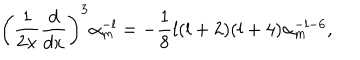
LaTeX: \left( { \frac { 1 } { 2 x } } { \frac { d } { d x } } \right) ^ { 3 } \alpha _ { m } ^ { - l } = - { \frac { 1 } { 8 } } l ( l + 2 ) ( l + 4 ) \alpha _ { m } ^ { - l - 6 } ,